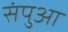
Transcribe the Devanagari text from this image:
संपुआ